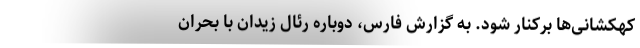
کهکشانی‌ها برکنار شود. به گزارش فارس، دوباره رئالِ زیدان با بحران